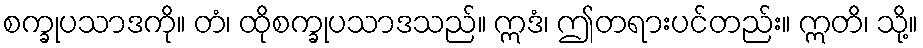
စက္ခုပသာဒကို။ တံ၊ ထိုစက္ခုပသာဒသည်။ ဣဒံ၊ ဤတရားပင်တည်း။ ဣတိ၊ သို့။